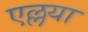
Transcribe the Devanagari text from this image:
एल्लया